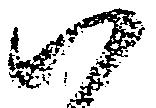
ハ